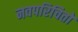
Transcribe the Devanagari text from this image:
नवपरिचितों